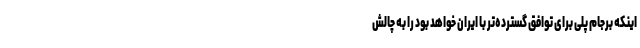
اینکه برجام پلی برای توافق گسترده‌تر با ایران خواهد بود را به چالش